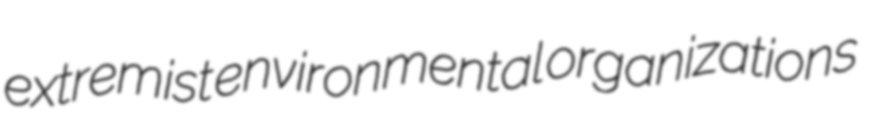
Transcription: extremist environmental organizations